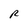
Character: R